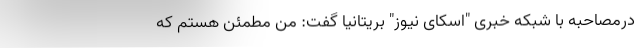
درمصاحبه با شبکه خبری "اسکای نیوز" بریتانیا گفت: من مطمئن هستم که